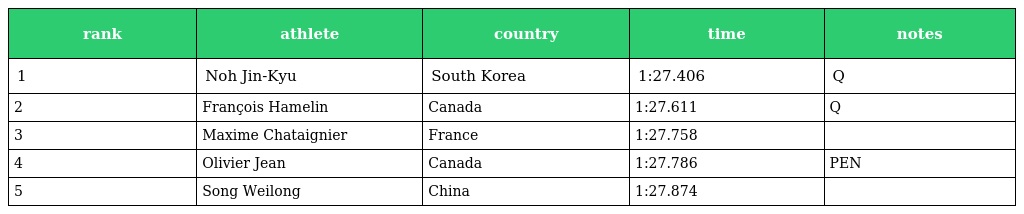
| rank | athlete | country | time | notes |
 | --- | --- | --- | --- | --- |
 | 1 | Noh Jin-Kyu | South Korea | 1:27.406 | Q |
 | 2 | François Hamelin | Canada | 1:27.611 | Q |
 | 3 | Maxime Chataignier | France | 1:27.758 |  |
 | 4 | Olivier Jean | Canada | 1:27.786 | PEN |
 | 5 | Song Weilong | China | 1:27.874 |  |